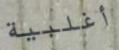
أغلبية